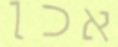
אכן